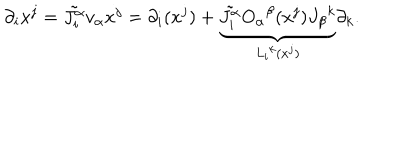
\partial _ { i } x ^ { j } = \tilde { J _ { i } ^ { \alpha } } v _ { \alpha } x ^ { j } = \partial _ { i } ( x ^ { j } ) + \underbrace { \tilde { J _ { i } ^ { \alpha } } O _ { \alpha } { } ^ { \beta } ( x ^ { j } ) J _ { \beta } { } ^ { k } } _ { L _ { i } { } ^ { k } ( x ^ { j } ) } \partial _ { k } .